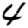
Digit: 4